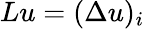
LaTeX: Lu=(\Delta u)_{i}